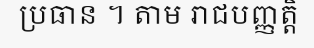
ប្រធាន ។ តាម រាជបញ្ញត្តិ